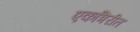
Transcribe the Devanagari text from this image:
एकत्रिरीत